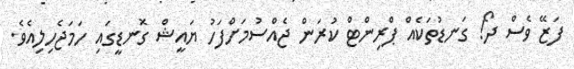
ފަޒޭ ވެސް ދޯ! ގަނޑުތަކެއް ޕްރިންޓް ކުރަން ޖެއްސުމަށްފަހު ޔައީޝް ގޮނޑީގައި ހަމަޖެހިލިއެވެ.